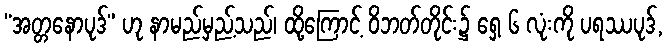
“အတ္တနောပုဒ်” ဟု နာမည်မှည့်သည်၊ ထို့ကြောင့် ဝိဘတ်တိုင်း၌ ရှေ့ ၆ လုံးကို ပရဿပုဒ်,